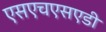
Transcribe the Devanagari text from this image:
एसएचएसएडी